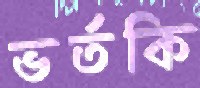
ভর্তকি